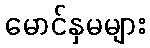
မောင်နှမများ